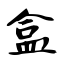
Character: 盒